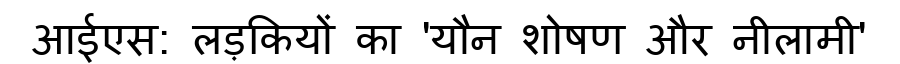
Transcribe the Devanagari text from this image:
आईएस: लड़कियों का 'यौन शोषण और नीलामी'